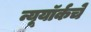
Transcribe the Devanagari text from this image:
न्यूयॉर्कचे